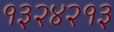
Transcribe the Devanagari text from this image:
१३२४२१३